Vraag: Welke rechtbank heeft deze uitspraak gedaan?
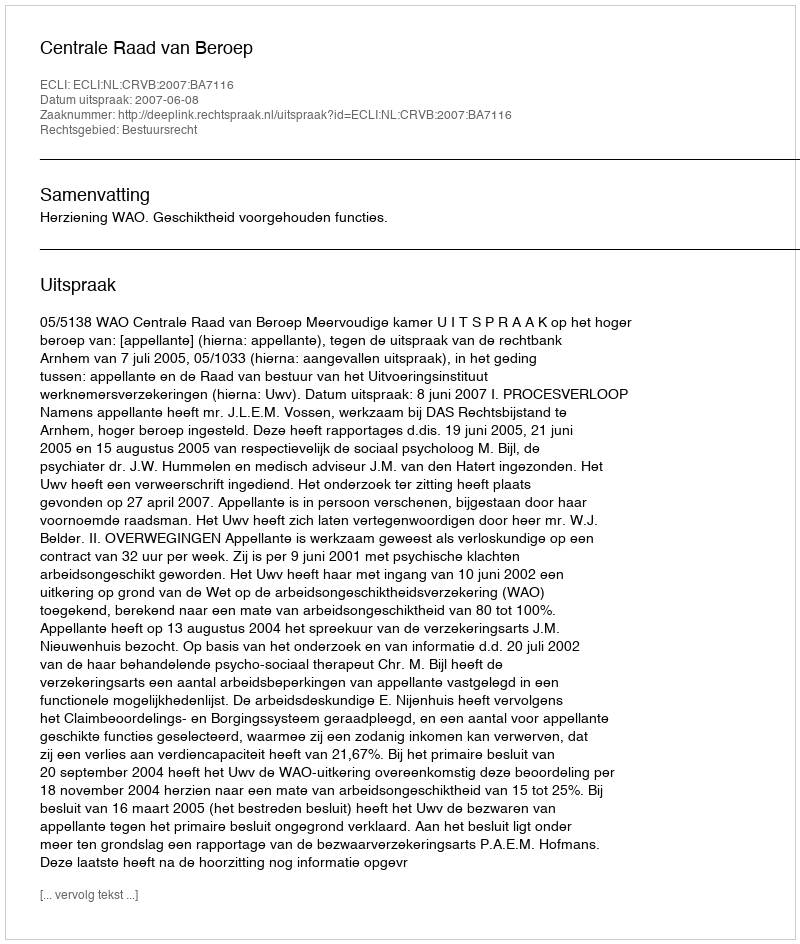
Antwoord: Centrale Raad van Beroep